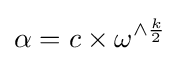
\alpha =c\times \omega ^{\wedge {\frac {k}{2}}}